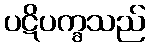
ပဋိပက္ခသည်